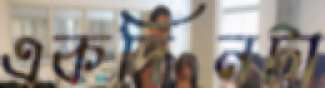
একদিনটা